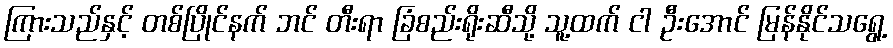
ကြားသည်နှင့် တစ်ပြိုင်နက် ဘင် တီးရာ ခြံစည်းရိုးဆီသို့ သူ့ထက် ငါ ဦးအောင် မြန်နိုင်သရွေ့